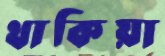
থাকিয়া